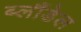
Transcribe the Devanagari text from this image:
ब्लौंडेल